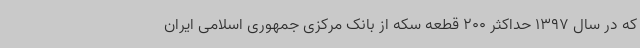
که در سال 1397 حداکثر 200 قطعه سکه از بانک مرکزی جمهوری اسلامی ایران